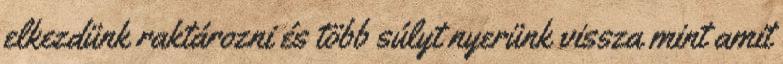
elkezdünk raktározni és több súlyt nyerünk vissza mint amit